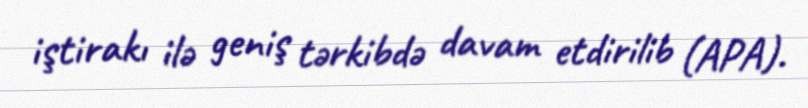
iştirakı ilə geniş tərkibdə davam etdirilib (APA).